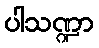
ပါသဏ္ဍာ